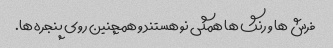
فرش ها و رنگ ها همگی نو هستند و همچنین روی پنجره ها.